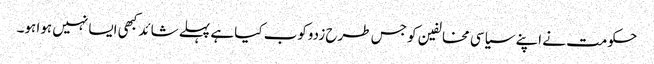
حکومت نے اپنے سیاسی مخالفین کو جس طرح زدوکوب کیا ہے پہلے شائد کبھی ایسا نہیں ہوا ہو۔